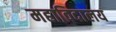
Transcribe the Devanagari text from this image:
महाविदालय